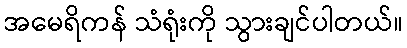
အမေရိကန် သံရုံးကို သွားချင်ပါတယ်။